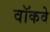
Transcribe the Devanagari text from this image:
वॉकवे